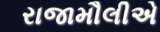
રાજામૌલીએ